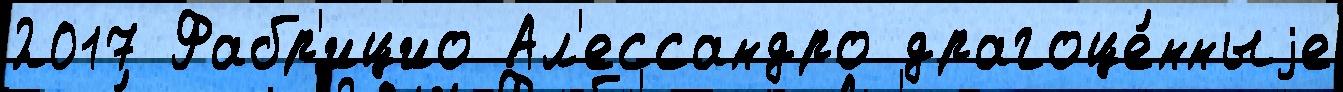
2017 Фабр'ицио Ал'ессандро драгоце́нныjе